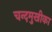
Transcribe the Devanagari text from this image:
चन्दमुखीका